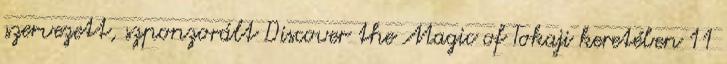
szervezett, szponzorált Discover the Magic of Tokaji keretében 11